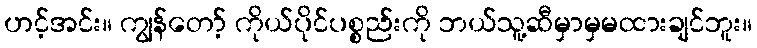
ဟင့်အင်း။ ကျွန်တော့် ကိုယ်ပိုင်ပစ္စည်းကို ဘယ်သူ့ဆီမှာမှမထားချင်ဘူး။